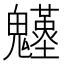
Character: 𩴴